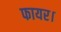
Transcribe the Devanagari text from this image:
फायर।